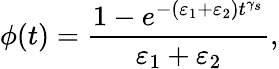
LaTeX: \phi(t)=\frac{1-e^{-(\varepsilon_{1}+\varepsilon_{2})t^{\gamma_{s}}}}{\varepsilon_{1}+\varepsilon_{2}},